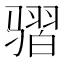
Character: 𱅩